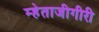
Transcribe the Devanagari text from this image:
म्हेताजीगीरी